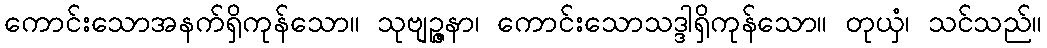
ကောင်းသောအနက်ရှိကုန်သော။ သုဗျဉ္ဇနာ၊ ကောင်းသောသဒ္ဒါရှိကုန်သော။ တုယှံ၊ သင်သည်။